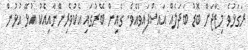
ރަގަޅުވެ މިޒާޖަށް ބޮޑު ބަދަލެއް އައިސްފައިވެއެވެ. ގެއިން ބޭރުގައި އެކުވެރިންނާއިއެކު އުޅޭ އުޅުން